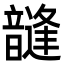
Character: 韼